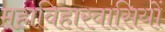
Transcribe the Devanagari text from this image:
महाविहारवासियों